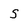
Character: S